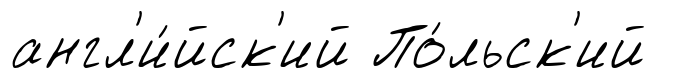
англ'и́йск'ий По́льск'ий